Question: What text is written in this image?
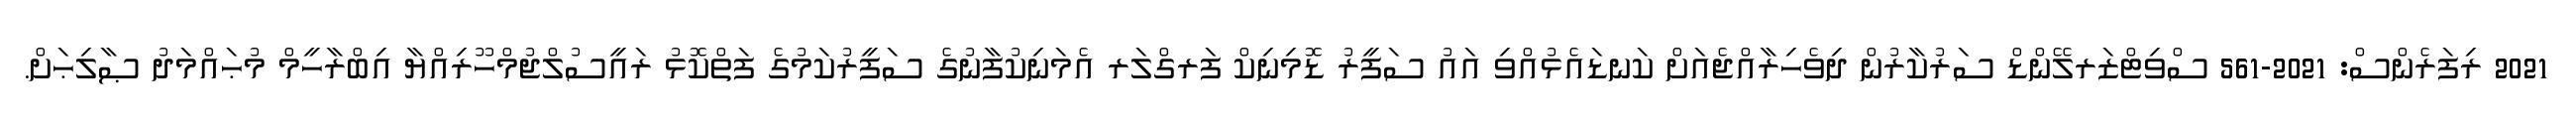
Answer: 2021 ރިފަރެންސް: 2021-561 ސްވިޓްޒަރލޭންޑް ސަރުކާރުން ދިވެހިރާއްޖެއަށް ކަނޑައެޅުއްވި އައު ސަފީރު ޑޮމިނިކް ފަރގްލަރ އެމަނިކުފާނުގެ ސަފީރުކަމުގެ ފަތްކޮޅު ރައީސުލްޖުމްހޫރިއްޔާ އިބްރާހީމް މުޙައްމަދު ޞާލިޙަށް.